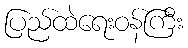
ပြည်ထဲရေးဝန်ကြီး